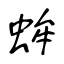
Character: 蛑